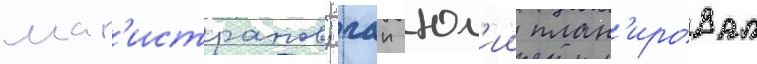
маг'истратов; гаи юл'ии план'ировал